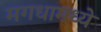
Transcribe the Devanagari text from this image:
मगधामध्ये